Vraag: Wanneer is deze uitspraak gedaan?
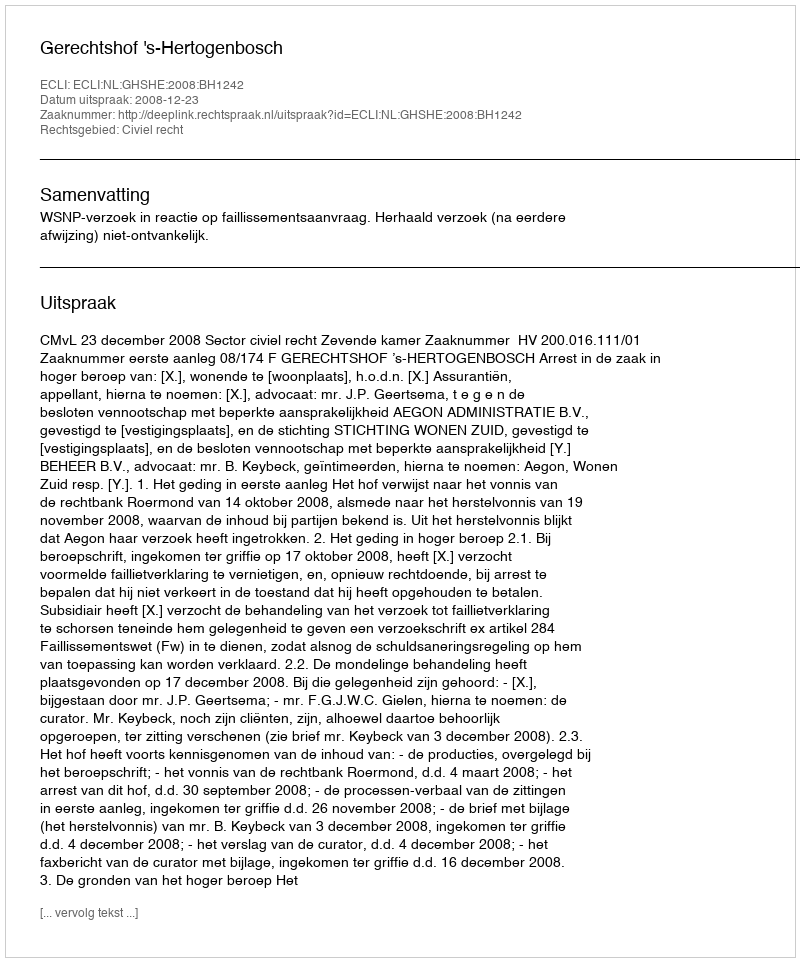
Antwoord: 2008-12-23